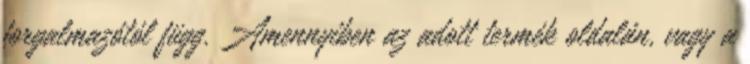
forgalmazótól függ. Amennyiben az adott termék oldalán, vagy a